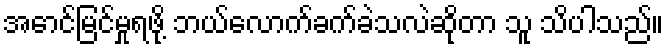
အောင်မြင်မှုရဖို့ ဘယ်လောက်ခက်ခဲသလဲဆိုတာ သူ သိပါသည်။